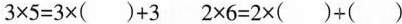
$$3\times5=3×( )+3$$ $$2\times6=2\times( )+( )$$